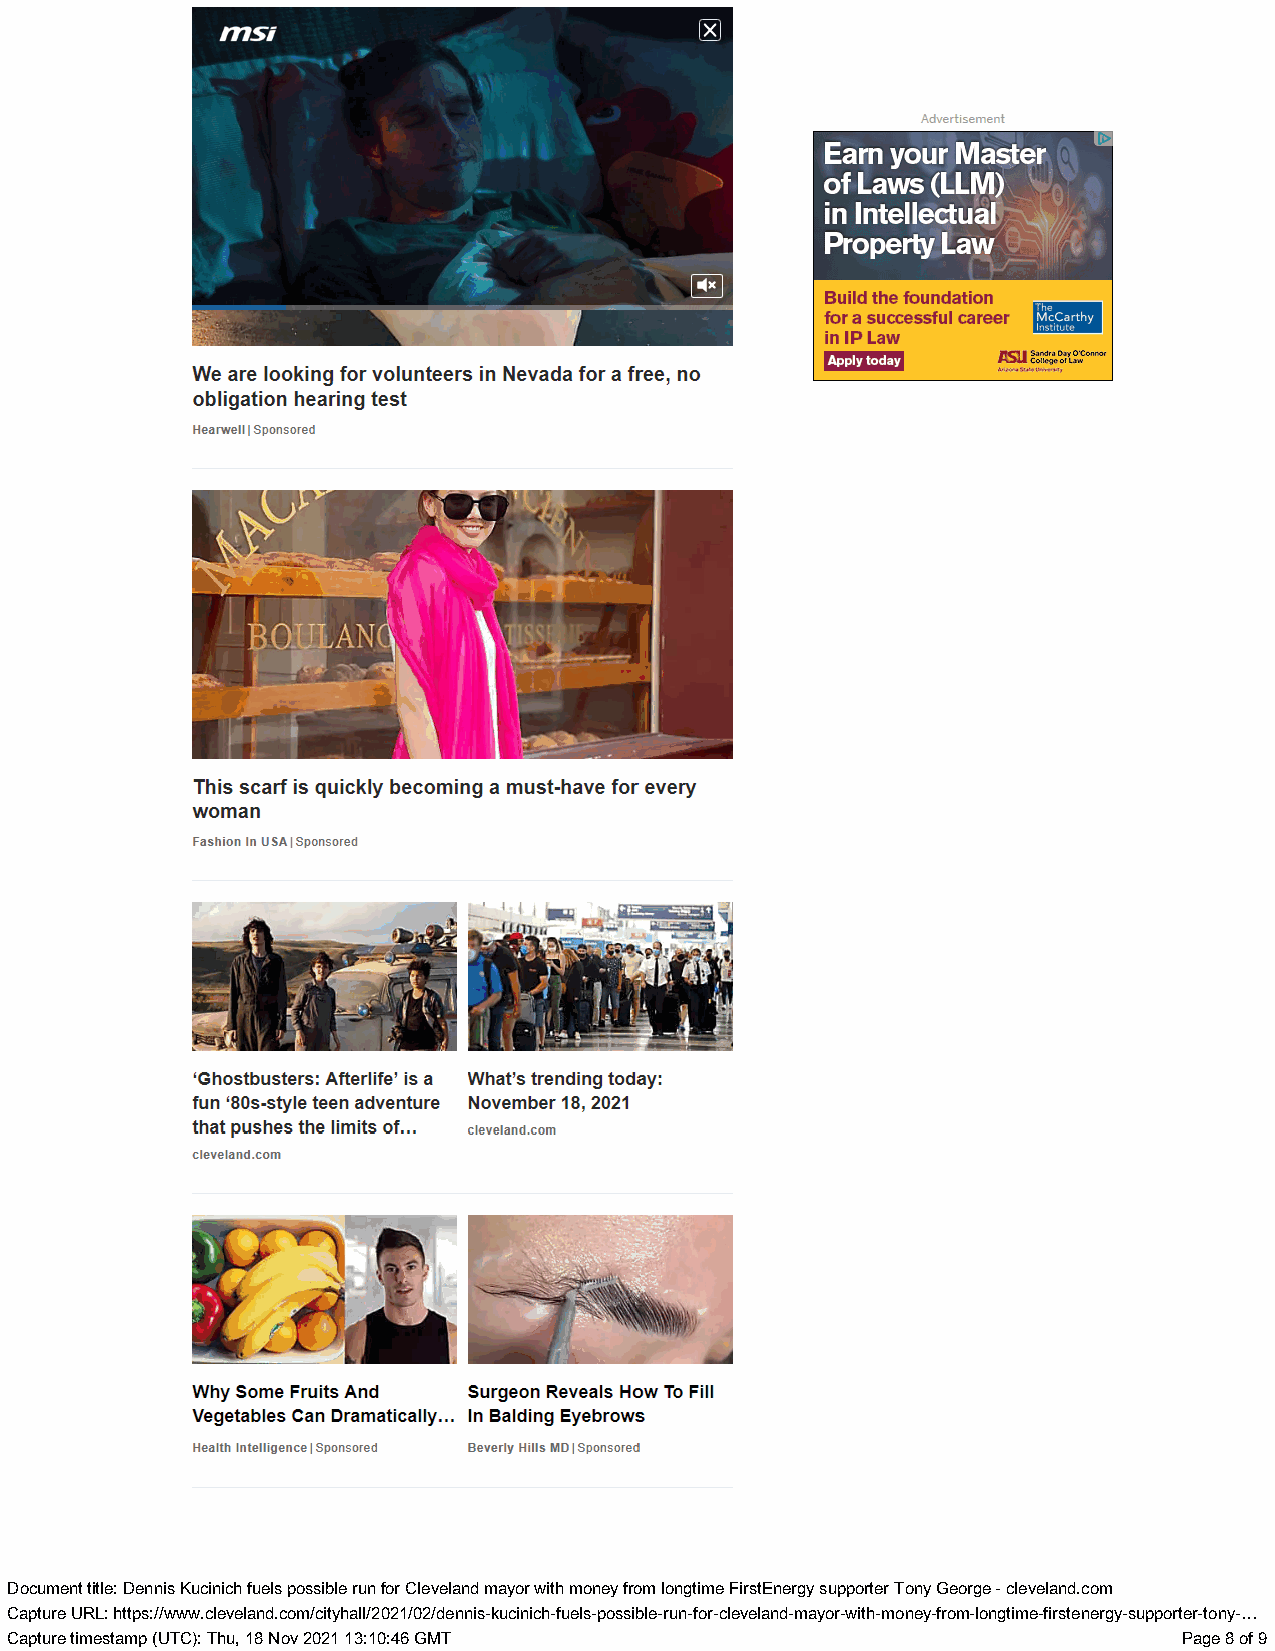
Earn your Master
 oY fl IE: \T TY (HY ))
 Tl GEE
 Build the foundation
 for a successful career
 in IP Law
 Apply today PaSU Zt Sone
 We are looking for volunteers in Nevada for a free, no
 obligation hearing test
 Hearwell | Sponsored
 This scarf is quickly becoming a must-have for every
 woman
 Fashion In USA | Sponsored
 ‘Ghostbusters: Afterlife’ is a What's trending today:
 fun ‘80s-style teen adventure November 18, 2021
 that pushes the limits of... cleveland.com
 cleveland.com
 Why Some Fruits And Surgeon Reveals How To Fill
 Vegetables Can Dramatically... In Balding Eyebrows
 Health Intelligence | Sponsored Beverly Hills MD | Sponsored
 DDooccuummenetn t ttiittllee: : DDeennninsis KKuuccininiicchh ffuueelsls ppoossssibiblele rruunn ffoorr CClleevveellaanndd mmaayyoro r wwitithh mmoonneey y ffrroomm lloonnggttiimmee FFiirrssttEEnneerrggyy ssuupppporotreter r TToonnyy GGeeoorrggee -- cclleevveellaanndd..ccoomm
 CCaapptuturere UURRL:L : hhttttppss::///w/wwwww..cclleevveellaanndd..ccoomm/c/ictityyhhaallll//22002211//0022//ddeennninsis-k-kuucicninicichh--ffuueellss--ppoossssiibbllee--rruunn--ffoorr--cclleevveellaanndd--mmaayyoro-rw-witithh--mmonoenye-fyr-ofrmo-mlo-nlogtnigmteim-fei-rfsirtsetneenregryg-ysu-spupoprptoerrt-etro-ntoyn-.y.-.…
 CCaapptuturere ttiimmeessttaammpp ((UUTTCC):) : TThhu,u , 1188 NNoovv 2200221 1 1133::1100::4466 GGMMTT PPaaggee 88 ooff 99